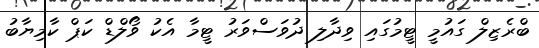
ބްރެޒިލް ގައުމީ ޓީމުގައި ވިދާލި ދުވަސްވަރު ޓީމާ އެކު ވޯލްޑް ކަޕް ކާމިޔާބު